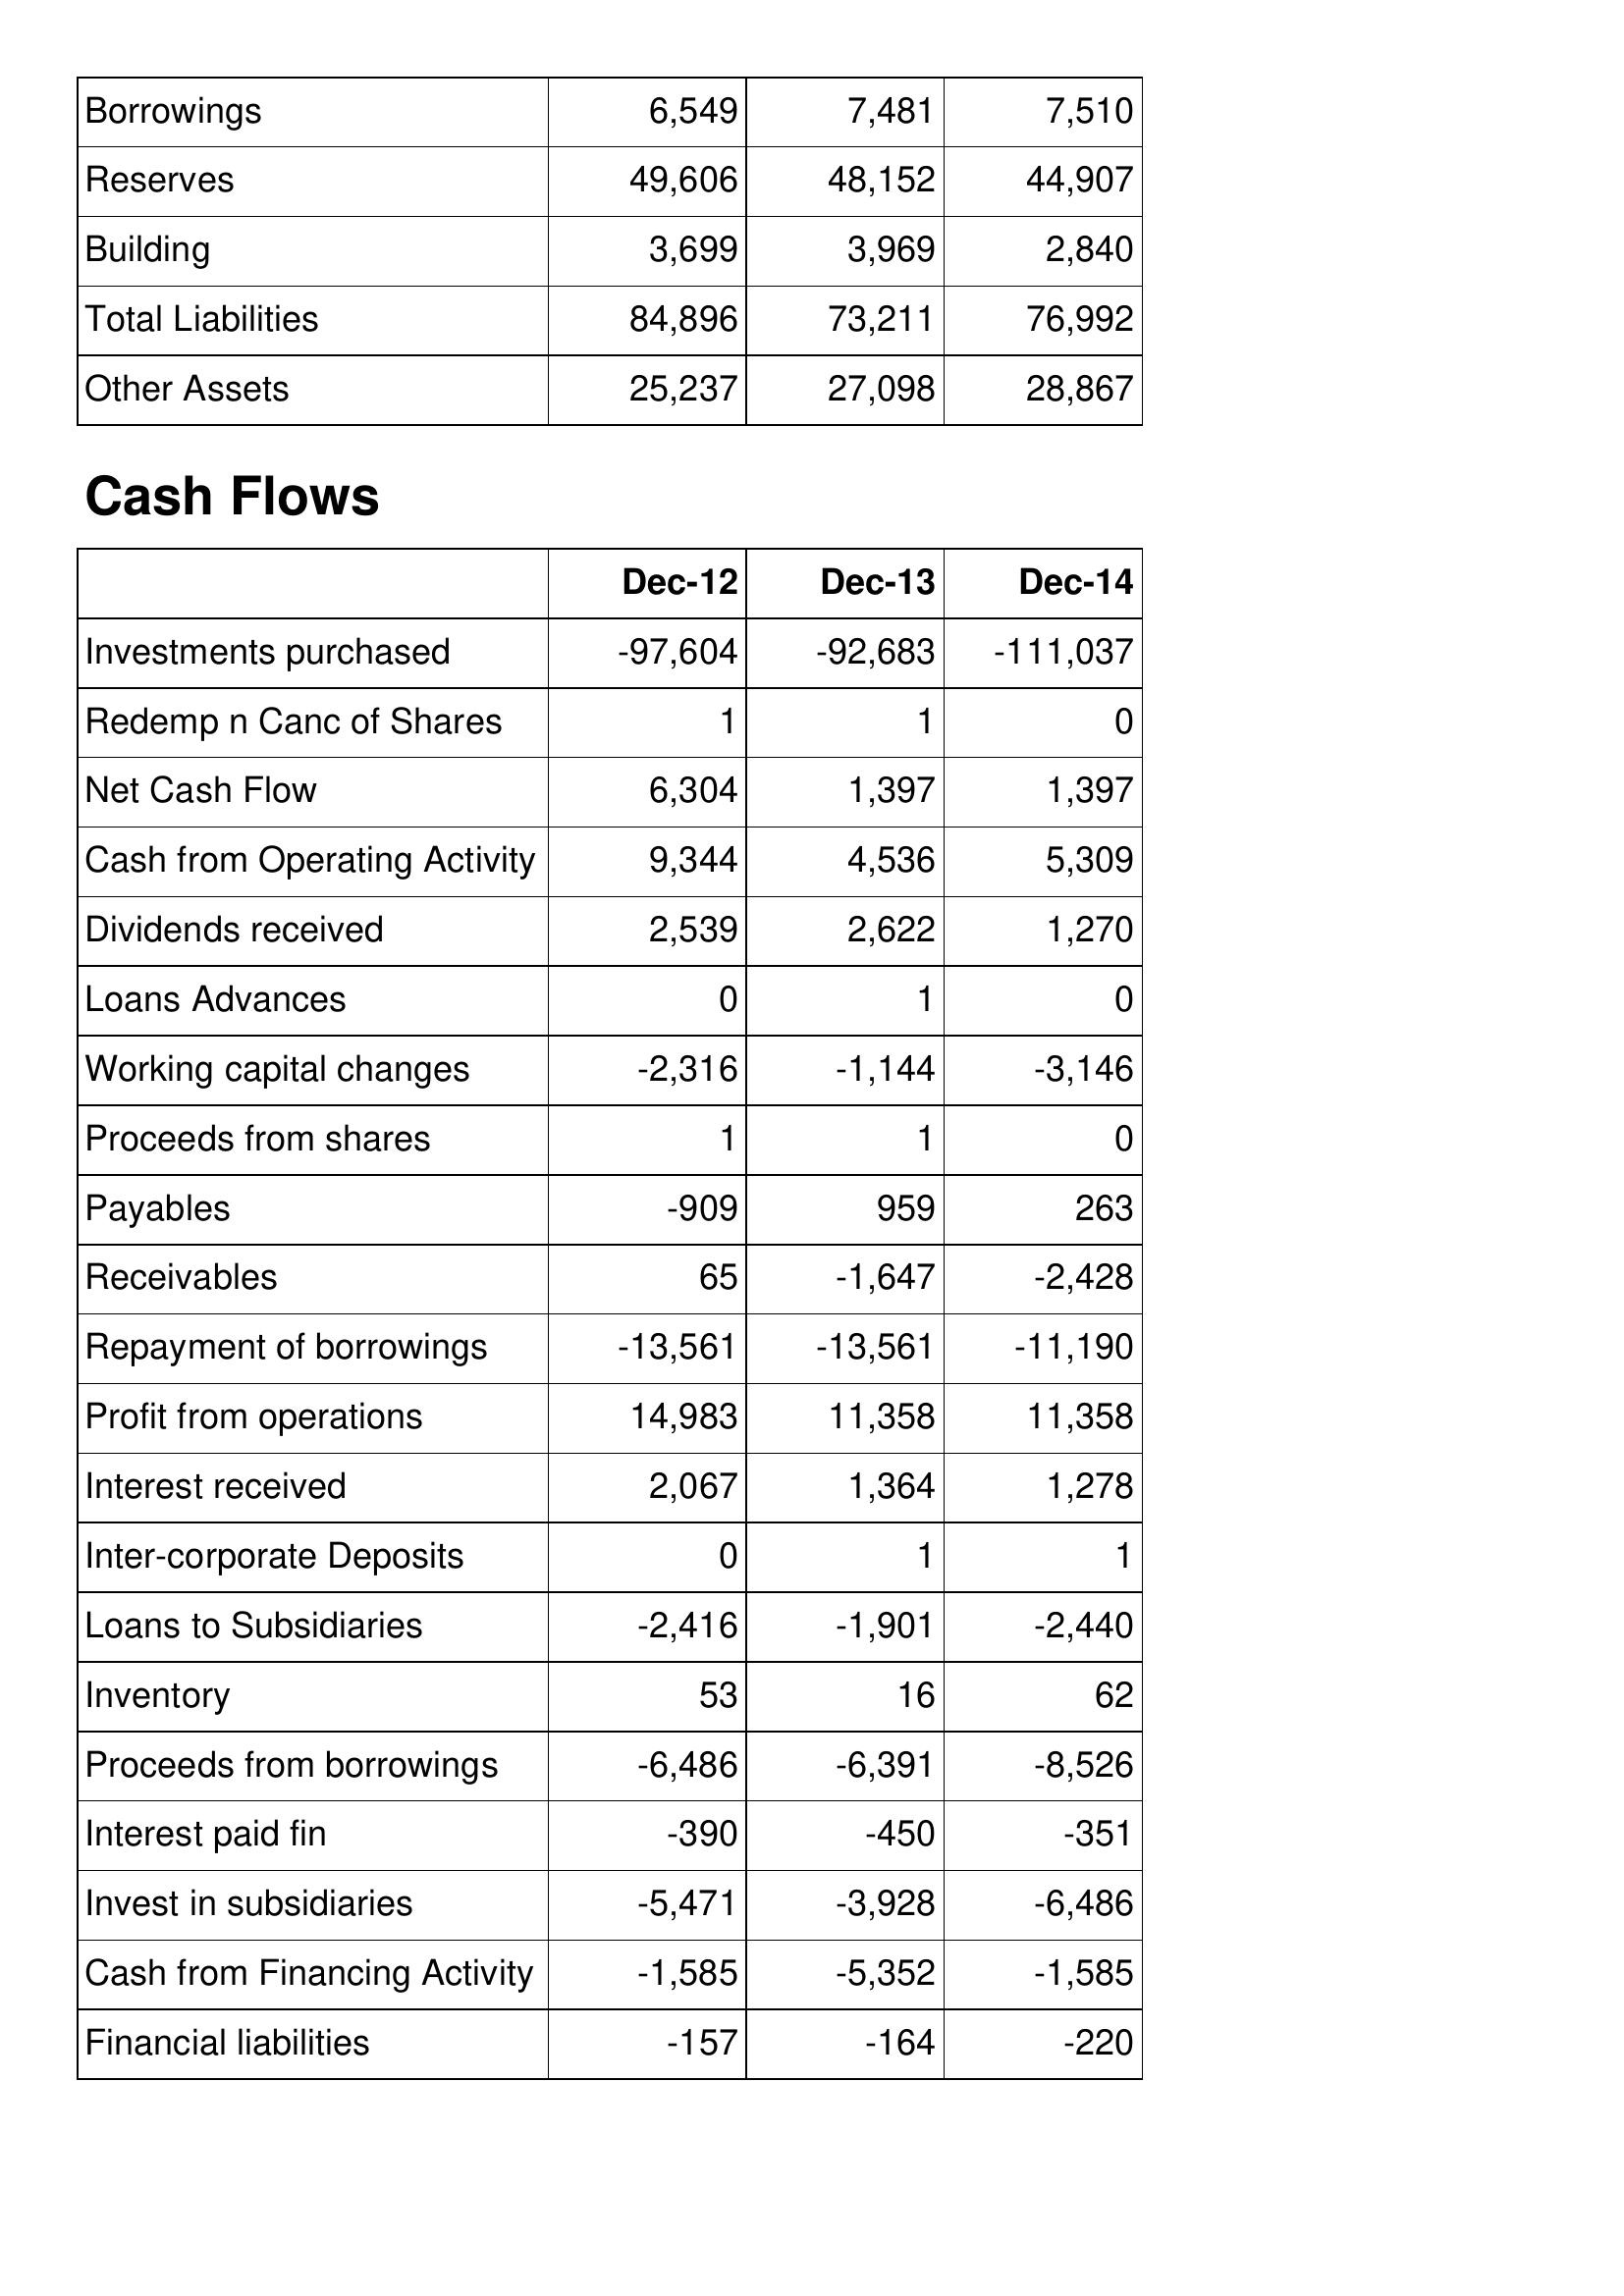
Dec-12: Balance Sheet: Borrowings: 6,549
Reserves: 49,606
Building: 3,699
Total Liabilities: 84,896
Other Assets: 25,237
Cash Flows: Investments purchased: -97,604
Redemp n Canc of Shares: 1
Net Cash Flow: 6,304
Cash from Operating Activity: 9,344
Dividends received: 2,539
Loans Advances: 0
Working capital changes: -2,316
Proceeds from shares: 1
Payables: -909
Receivables: 65
Repayment of borrowings: -13,561
Profit from operations: 14,983
Interest received: 2,067
Inter-corporate Deposits: 0
Loans to Subsidiaries: -2,416
Inventory: 53
Proceeds from borrowings: -6,486
Interest paid fin: -390
Invest in subsidiaries: -5,471
Cash from Financing Activity: -1,585
Financial liabilities: -157
Dec-13: Balance Sheet: Borrowings: 7,481
Reserves: 48,152
Building: 3,969
Total Liabilities: 73,211
Other Assets: 27,098
Cash Flows: Investments purchased: -92,683
Redemp n Canc of Shares: 1
Net Cash Flow: 1,397
Cash from Operating Activity: 4,536
Dividends received: 2,622
Loans Advances: 1
Working capital changes: -1,144
Proceeds from shares: 1
Payables: 959
Receivables: -1,647
Repayment of borrowings: -13,561
Profit from operations: 11,358
Interest received: 1,364
Inter-corporate Deposits: 1
Loans to Subsidiaries: -1,901
Inventory: 16
Proceeds from borrowings: -6,391
Interest paid fin: -450
Invest in subsidiaries: -3,928
Cash from Financing Activity: -5,352
Financial liabilities: -164
Dec-14: Balance Sheet: Borrowings: 7,510
Reserves: 44,907
Building: 2,840
Total Liabilities: 76,992
Other Assets: 28,867
Cash Flows: Investments purchased: -111,037
Redemp n Canc of Shares: 0
Net Cash Flow: 1,397
Cash from Operating Activity: 5,309
Dividends received: 1,270
Loans Advances: 0
Working capital changes: -3,146
Proceeds from shares: 0
Payables: 263
Receivables: -2,428
Repayment of borrowings: -11,190
Profit from operations: 11,358
Interest received: 1,278
Inter-corporate Deposits: 1
Loans to Subsidiaries: -2,440
Inventory: 62
Proceeds from borrowings: -8,526
Interest paid fin: -351
Invest in subsidiaries: -6,486
Cash from Financing Activity: -1,585
Financial liabilities: -220